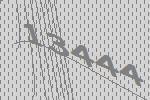
13444